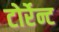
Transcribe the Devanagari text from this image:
टोर्रेन्ट